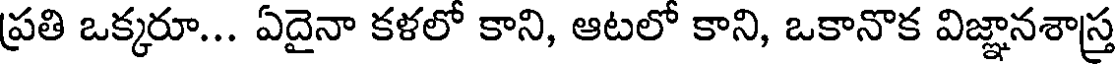
ప్రతి ఒక్కరూ... ఏదైనా కళలో కాని, ఆటలో కాని, ఒకానొక విజ్ఞానశాస్త్ర